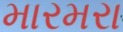
મારમરા